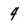
Character: 4